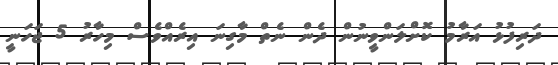
ދަރިފުޅު އަރާމު ކޮށްލަންވީނުން ދެން ނެތް މާގިނަ އިރެއްވެސް މިހާރު 5 ޖަހަނީ